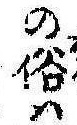
の俗は